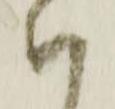
ハ